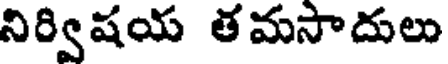
నిర్విషయ తమసాదులు